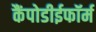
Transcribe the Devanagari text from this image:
कैंपोडीईफॉर्म